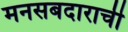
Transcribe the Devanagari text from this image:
मनसबदाराची